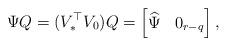
LaTeX: \begin{align*} \Psi Q = (V^{\top}_* V_0) Q = \begin{bmatrix} \widehat{\Psi} & 0_{r-q} \end{bmatrix}, \end{align*}